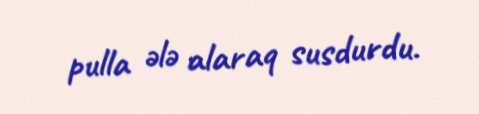
pulla ələ alaraq susdurdu.